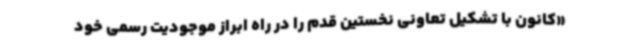
«کانون با تشکیل تعاونی نخستین قدم را در راه ابراز موجودیت رسمی خود